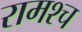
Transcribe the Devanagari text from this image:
रामश्च